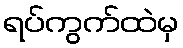
ရပ်ကွက်ထဲမှ